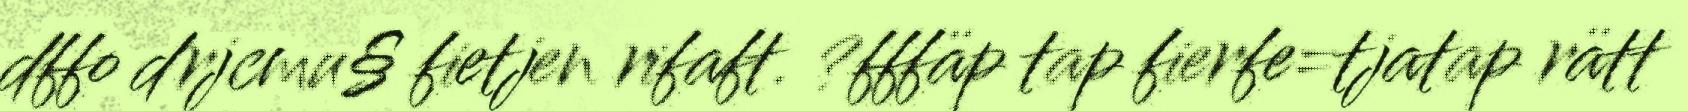
dffo drjcmu§ fietjen rifaft. ?fffäp tap fierfe=tjatap rätt